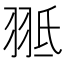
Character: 𦐠